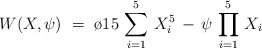
\begin{align*}W(X,\psi)~=~\o{1}{5}\,\sum_{i = 1}^{5} \, X_i^5 \, - \,\psi\,\prod_{i=1}^{5} \, X_i\end{align*}